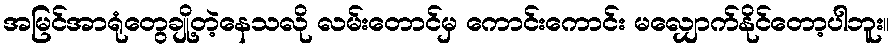
အမြင်အာရုံတွေချို့တဲ့နေသလို လမ်းတောင်မှ ကောင်းကောင်း မလျှောက်နိုင်တော့ပါဘူး။